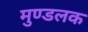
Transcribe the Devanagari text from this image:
मुण्डलक